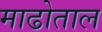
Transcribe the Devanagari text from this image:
माढोताल